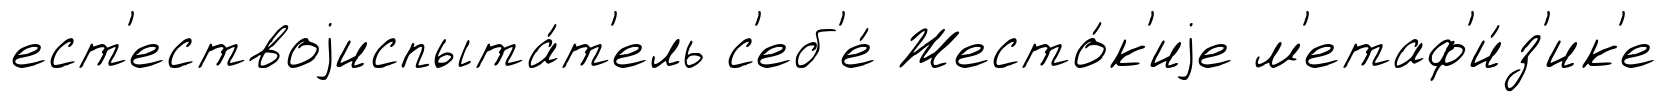
ест'ествоjиспыта́т'ель с'еб'е́ Жесто́к'иjе м'етаф'и́з'ик'е